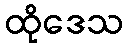
ထိုဒေသ